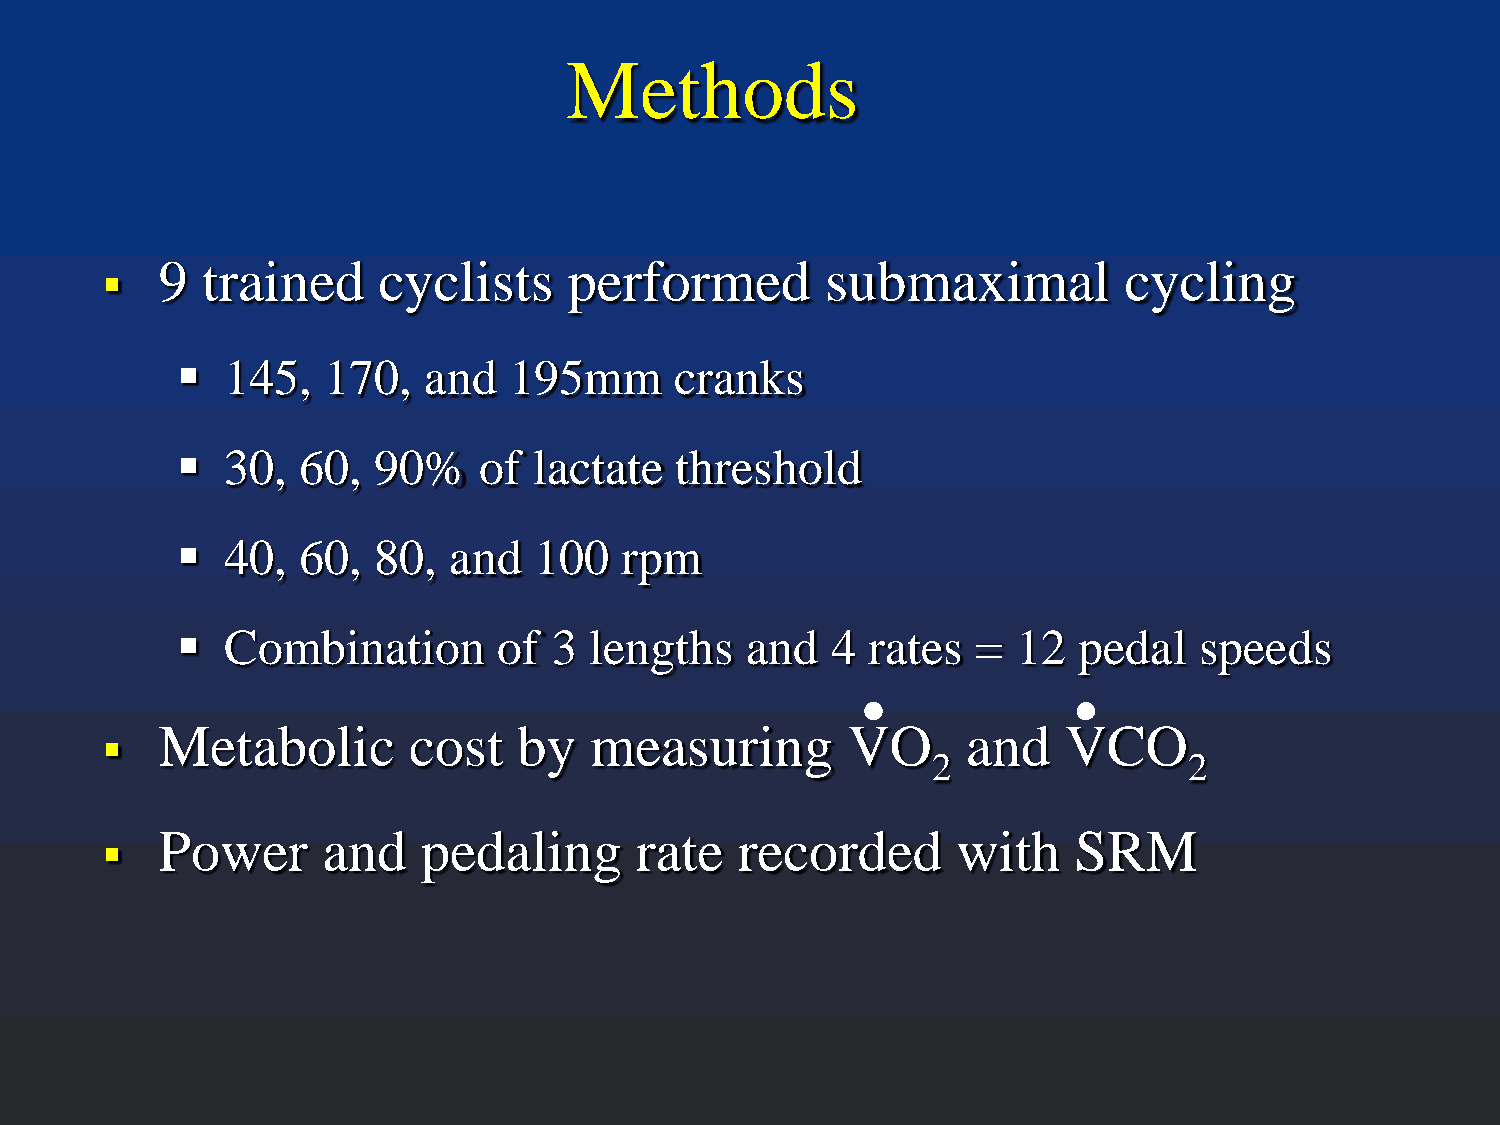
Methods
   9  trained     cyclists     performed        submaximal         cycling
   145,  170,   and   195mm      cranks
   30,  60,  90%    of lactate   threshold
   40,  60,  80,  and  100   rpm
 .              .
   Combination       of  3 lengths   and   4 rates   = 12  pedal   speeds
   Metabolic        cost   by   measuring        VO      and    VCO
 2                2
   Power      and    pedaling      rate   recorded      with    SRM